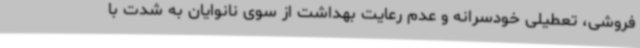
فروشی، تعطیلی خودسرانه و عدم رعایت بهداشت از سوی نانوایان به شدت با